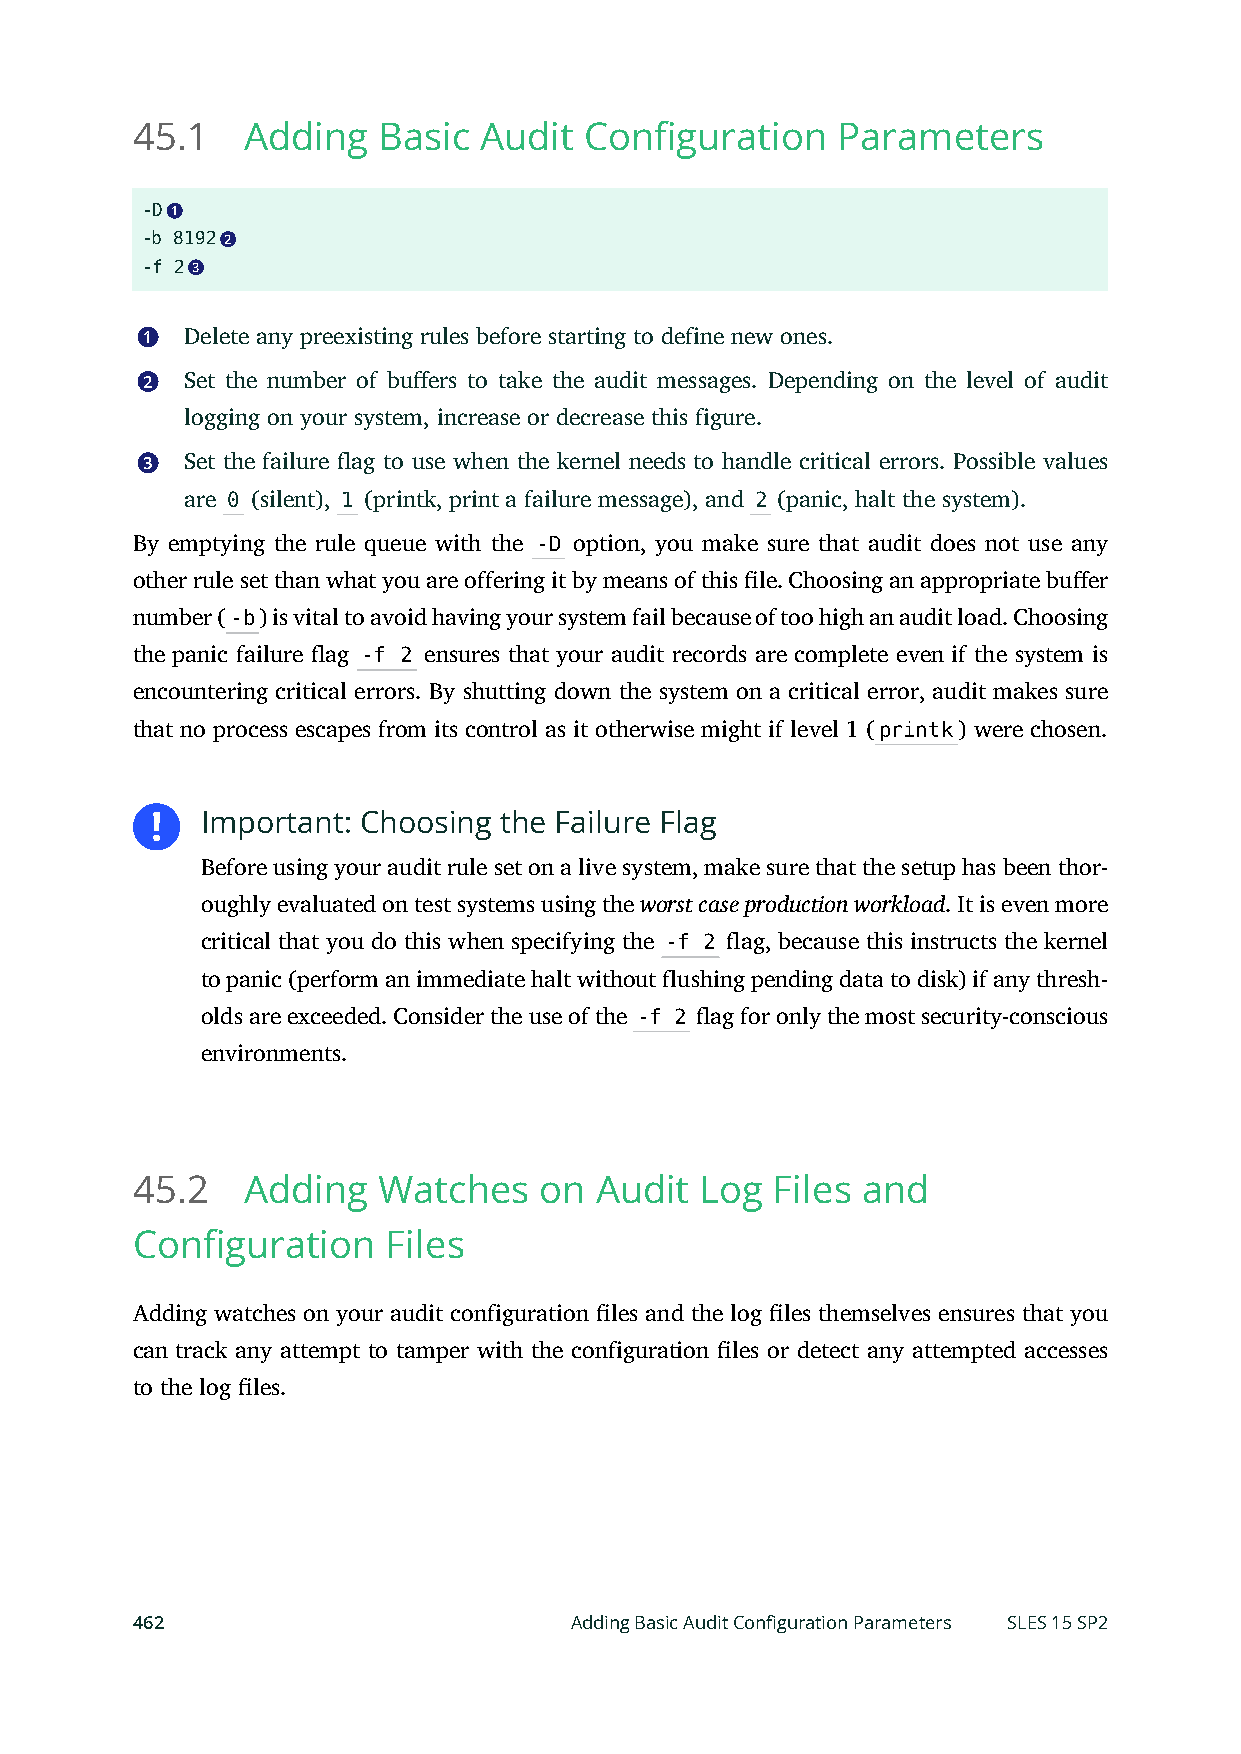
45.1   Adding   Basic  Audit  Configuration   Parameters
 -D 1
 -b 8192 2
 -f 2 3
 1  Delete any preexisting rules before starting to define new ones.
 2  Set the number of buers to take the audit messages. Depending on the level of audit
 logging on your system, increase or decrease this figure.
 3  Set the failure ag to use when the kernel needs to handle critical errors. Possible values
 are 0 (silent), 1 (printk, print a failure message), and 2 (panic, halt the system).
 By emptying the rule queue with the -D option, you make sure that audit does not use any
 other rule set than what you are offering it by means of this le. Choosing an appropriate buer
 number (-b) is vital to avoid having your system fail because of too high an audit load. Choosing
 the panic failure ag -f 2 ensures that your audit records are complete even if the system is
 encountering critical errors. By shutting down the system on a critical error, audit makes sure
 that no process escapes from its control as it otherwise might if level 1 (printk) were chosen.
 Important: Choosing the Failure Flag
 Before using your audit rule set on a live system, make sure that the setup has been thor-
 oughly evaluated on test systems using the worst case production workload. It is even more
 critical that you do this when specifying the -f 2 ag, because this instructs the kernel
 to panic (perform an immediate halt without flushing pending data to disk) if any thresh-
 olds are exceeded. Consider the use of the -f 2 ag for only the most security-conscious
 environments.
 45.2   Adding   Watches    on Audit  Log  Files and
 Configuration    Files
 Adding watches on your audit configuration les and the log les themselves ensures that you
 can track any attempt to tamper with the configuration les or detect any attempted accesses
 to the log les.
 462                          Adding Basic Audit Configuration Parameters SLES 15 SP2